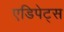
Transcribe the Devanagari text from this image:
एडिपेट्स